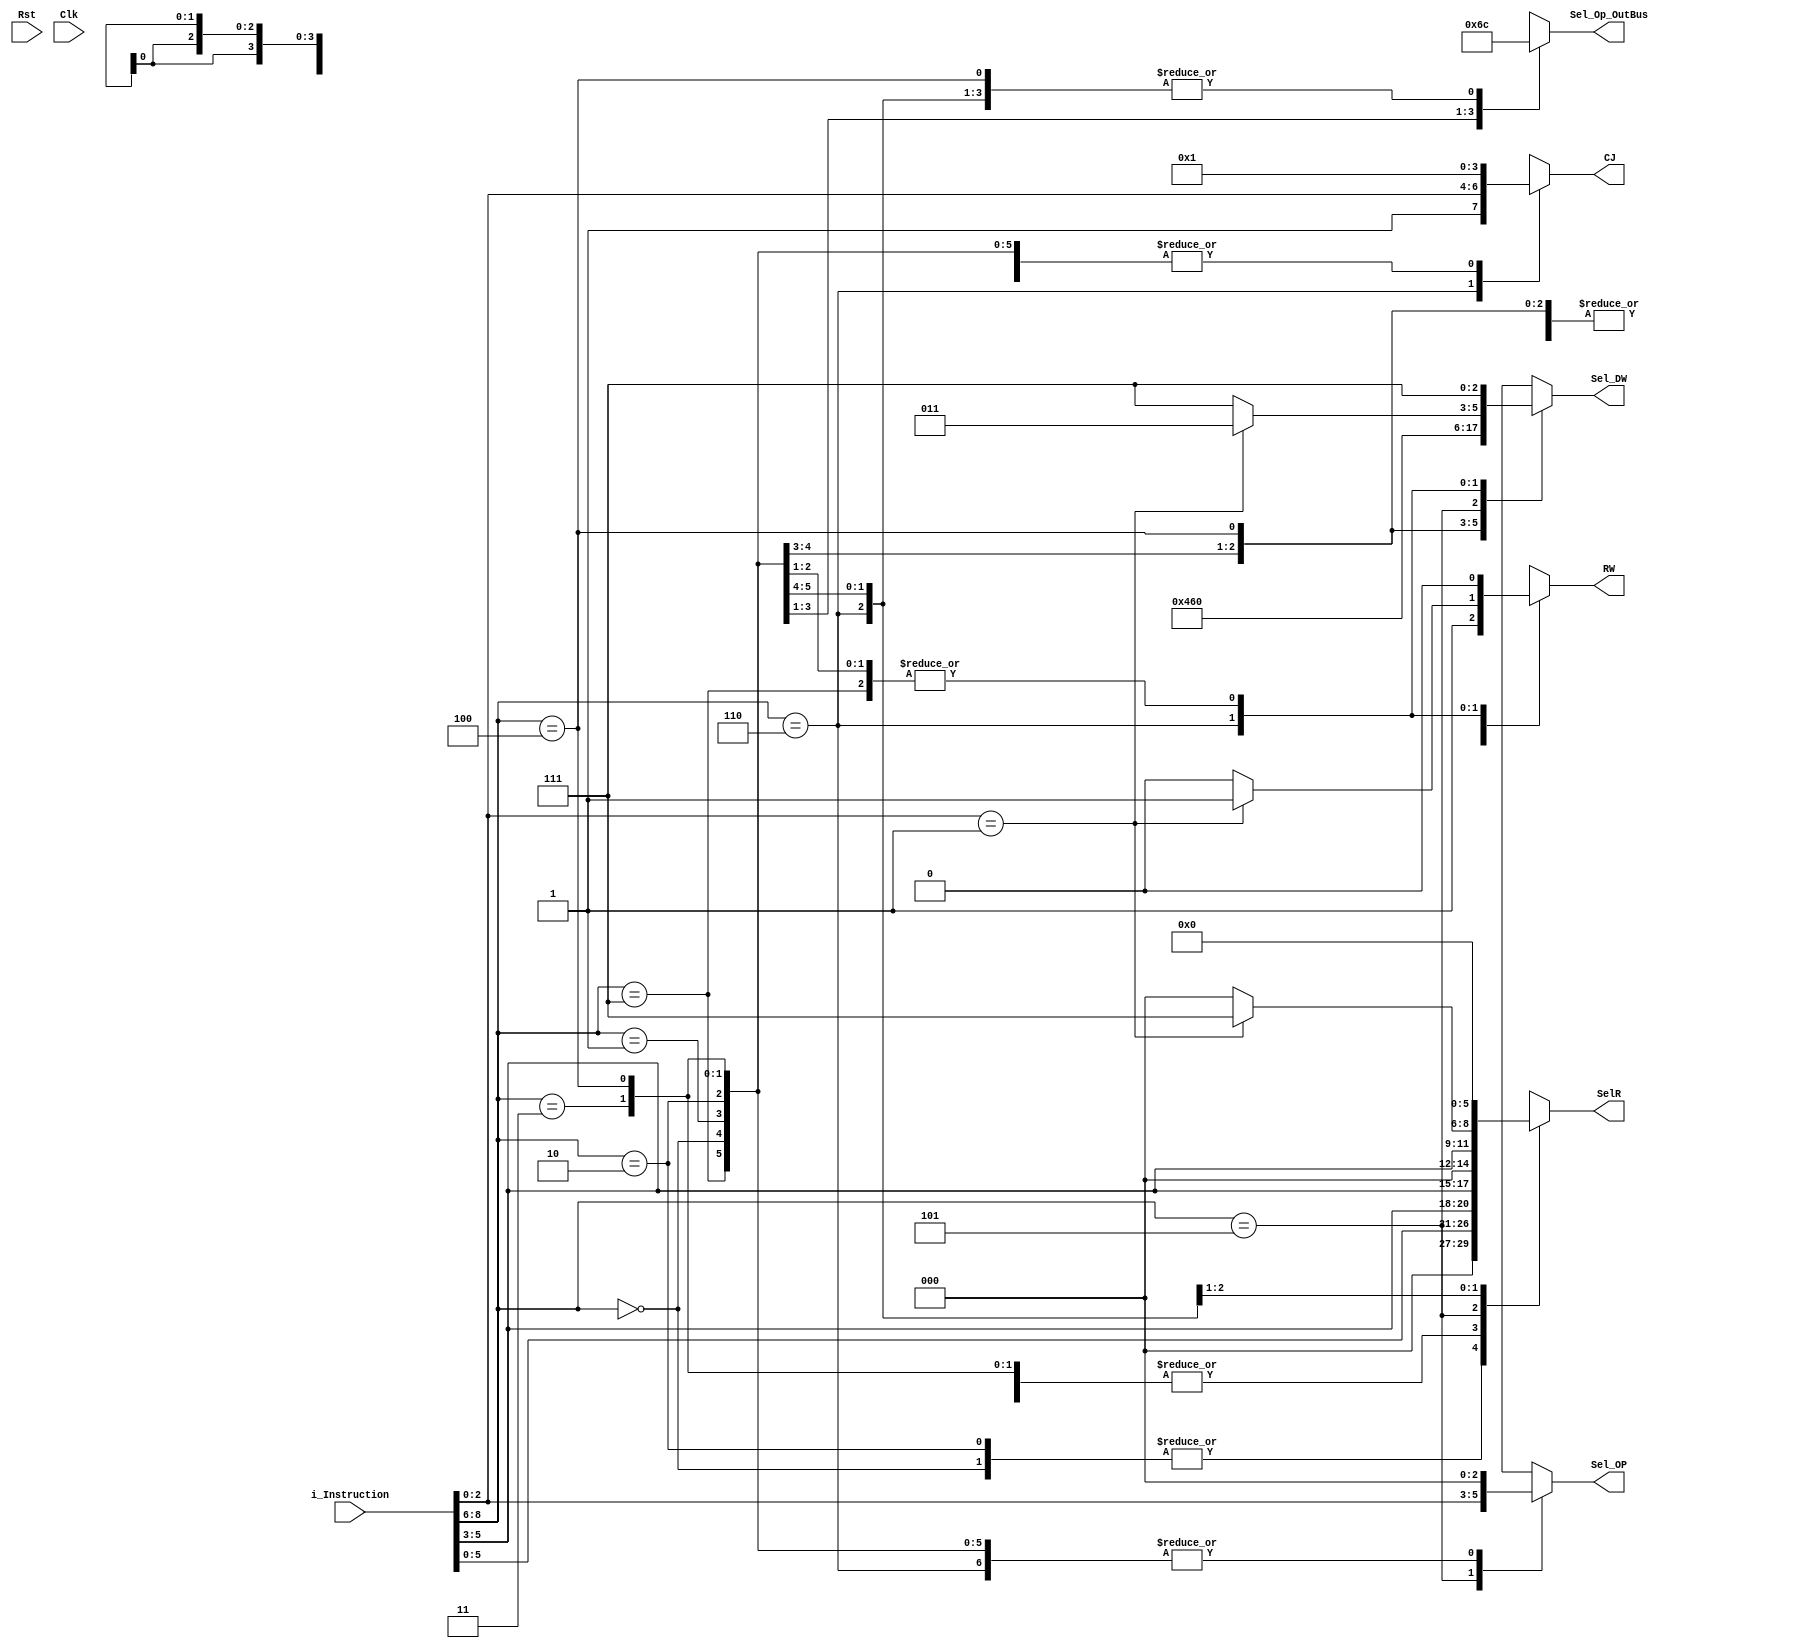
`timescale 1ns / 1ps
//////////////////////////////////////////////////////////////////////////////////
// Company:UAZ 
// 
// Design Name: 
// Module Name: Control_unit
// Project Name: 
// Target Devices: 
// Tool Versions: 
// Description: 
// 
// Dependencies: 
// 
// Revision:
// Revision 0.01 - File Created
// Additional Comments:
// 
//////////////////////////////////////////////////////////////////////////////////


module deco(
    input Rst,
    input Clk,
    input [8:0] i_Instruction,
    output reg [3:0] CJ,
    output reg [2:0] Sel_OP,
    output reg [5:0] SelR,
    output reg RW,
    output reg [1:0] Sel_Op_OutBus,
    output reg [2:0] Sel_DW
    );
   
    
    parameter //OpCode 3 bits mas significativos de la intruccion de entrada: i_Intruction[8:6]
    LoadRxNum =3'b000,
    LoadRxARy =3'b001,
    StoreARxNum =3'b010,
    StoreARxRy =3'b011,
    MoveRxRy =3'b100,
    MathRxOp =3'b101,
    JumpRxCond =3'b110,
    NOP =3'b111;
        
    always @(i_Instruction) begin
        case (i_Instruction[8:6])
        LoadRxNum:begin   CJ<=4'b0001; Sel_OP<=0; SelR<={3'b000,i_Instruction[5:3]}; RW<=1; Sel_Op_OutBus<=0; Sel_DW<=3'b010; end
        LoadRxARy:begin   CJ<=4'b0001; Sel_OP<=0; SelR<={i_Instruction[2:0],i_Instruction[5:3]}; RW<=1; Sel_Op_OutBus<=2'b01; Sel_DW<=3'b001; end
        StoreARxNum:begin CJ<=4'b0001; Sel_OP<=0; SelR<={3'b000,i_Instruction[5:3]}; RW<=0; Sel_Op_OutBus<=2'b10; Sel_DW<=3'b111; end
        StoreARxRy:begin  CJ<=4'b0001; Sel_OP<=0; SelR<={i_Instruction[2:0],i_Instruction[5:3]}; RW<=0; Sel_Op_OutBus<=2'b11; Sel_DW<=3'b111; end
        MoveRxRy:begin    CJ<=4'b0001; Sel_OP<=0; SelR<={i_Instruction[2:0],i_Instruction[5:3]}; RW<=1; Sel_Op_OutBus<=0; Sel_DW<=3'b100; end
        MathRxOp:begin    CJ<=4'b0001; Sel_OP<=i_Instruction[2:0]; SelR<={i_Instruction[5:3],3'b000}; RW<=1; Sel_Op_OutBus<=0; Sel_DW<=3'b000; end
        JumpRxCond:begin 
            if(i_Instruction[2:0]==3'b001) // jump sin condicion y guardar pc en R7
                begin  CJ<={1'b1,i_Instruction[2:0]}; Sel_OP<=0; SelR<={i_Instruction[5:3],3'b111}; RW<=1; Sel_Op_OutBus<=0; Sel_DW<=3'b011;  end
            else //las demas condiciones de jump
                begin  CJ<={1'b1,i_Instruction[2:0]}; Sel_OP<=0; SelR<={i_Instruction[5:3],3'b000}; RW<=0; Sel_Op_OutBus<=0; Sel_DW<=3'b111;  end
            end                                   
        NOP:begin      CJ<=4'b0001; Sel_OP<=0; SelR<=0; RW<=0; Sel_Op_OutBus<=0; Sel_DW<=3'b111; end
        default:begin  CJ<=4'b0001; Sel_OP<=0; SelR<=0; RW<=0; Sel_Op_OutBus<=0; Sel_DW<=3'b111; end
        endcase
    end
   
endmodule